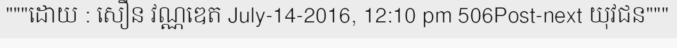
"""ដោយ : សឿន វណ្ណឌេត July-14-2016, 12:10 pm 506Post-next យុវជន"""